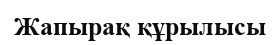
Жапырақ құрылысы